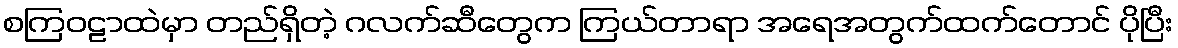
စကြဝဠာထဲမှာ တည်ရှိတဲ့ ဂလက်ဆီတွေက ကြယ်တာရာ အရေအတွက်ထက်တောင် ပိုပြီး